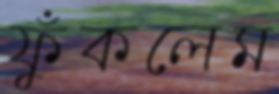
ফুঁকলেম